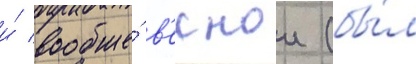
и́ вообще́ в'еснои (бы́л